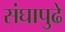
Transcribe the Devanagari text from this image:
संघापुढे